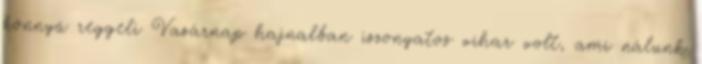
könnyű reggeli Vasárnap hajnalban iszonyatos vihar volt, ami nálunk